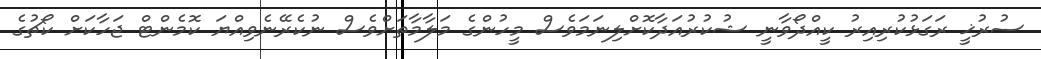
ސުރުޚީ ރަގަޅުކުރިއިރު ކީއްދޯވާނީ ޝުކުރުއަދާކޮށްލިނަމަވެސް މީހުންގެ މަލާމާތަށްވެސް ނުކެރޭނެވިއްޔަ ކޮމެންޓް ޖަހާކަށް ކޯޗުގެ